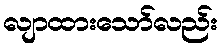
လျာထားသော်လည်း